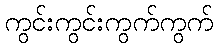
ကွင်းကွင်းကွက်ကွက်